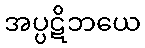
အပ္ပဋိဘယေ